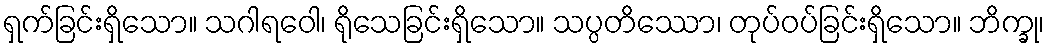
ရှက်ခြင်းရှိသော။ သဂါရဝေါ၊ ရိုသေခြင်းရှိသော။ သပ္ပတိဿော၊ တုပ်ဝပ်ခြင်းရှိသော။ ဘိက္ခု၊